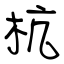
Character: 杭